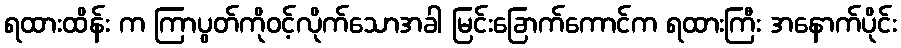
ရထားထိန်း က ကြာပွတ်ကိုဝင့်လိုက်သောအခါ မြင်းခြောက်ကောင်က ရထားကြီး အနောက်ပိုင်း